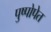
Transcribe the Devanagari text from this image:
पुष्पोपेत